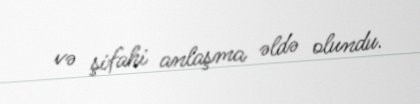
və şifahi anlaşma əldə olundu.